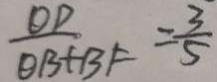
\frac { O D } { O B + B F } = \frac { 3 } { 5 }